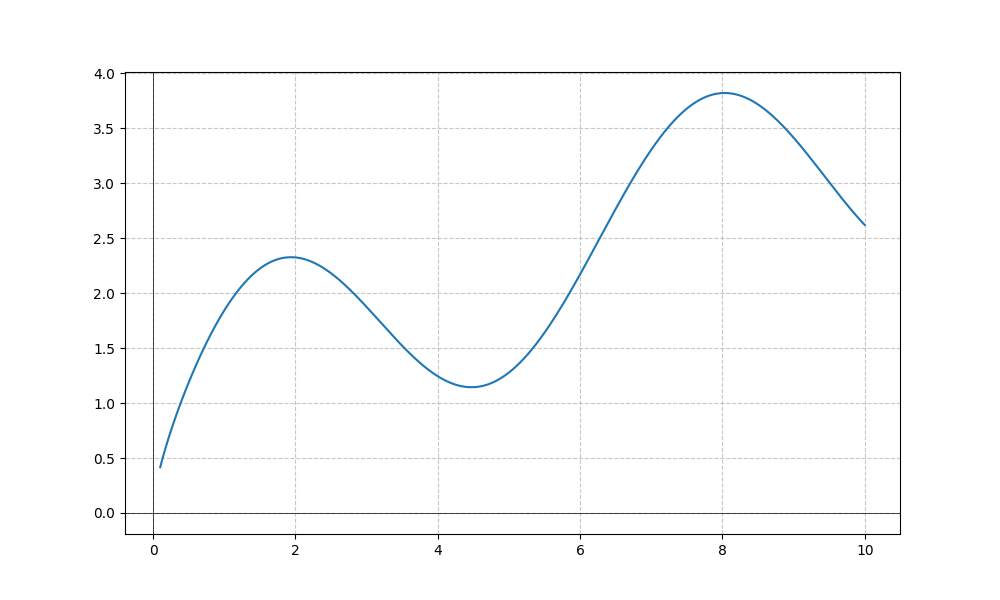
LaTeX formula: \sqrt{x} + \sin{\left(x \right)}